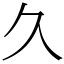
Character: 久